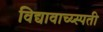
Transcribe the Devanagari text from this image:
विद्यावाच्य्स्पती